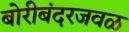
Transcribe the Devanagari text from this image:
बोरीबंदरजवळ